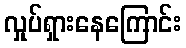
လှုပ်ရှားနေကြောင်း